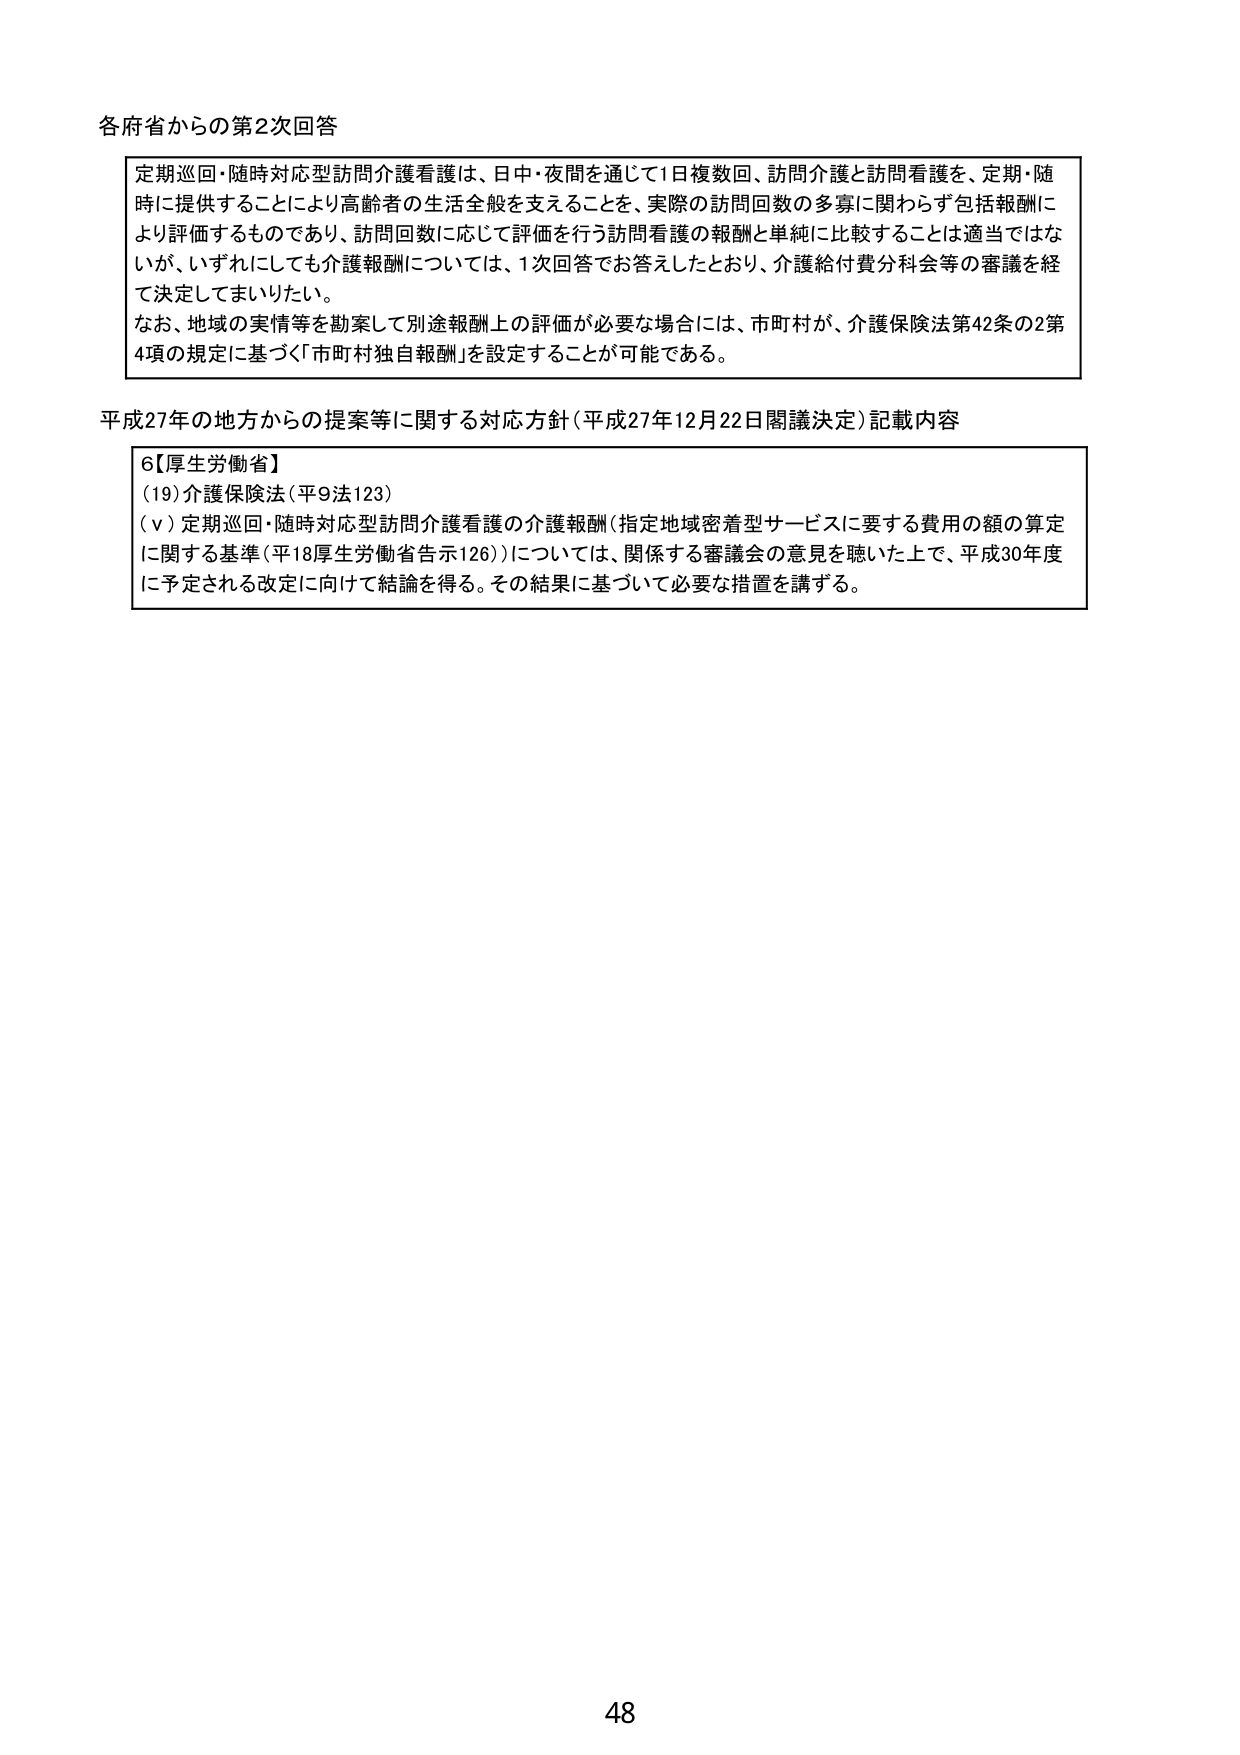
各府省からの第2次回答

定期巡回・随時対応型訪問介護看護は、日中・夜間を通じて1日複数回、訪問介護と訪問看護を、定期・随時に提供することにより高齢者の生活全般を支えることを、実際の訪問回数の多寡に関わらず包括報酬により評価するものであり、訪問回数に応じて評価を行う訪問看護の報酬と単純に比較することは適当ではないが、いずれにしても介護報酬については、1次回答でお答えしたとおり、介護給付費分科会等の審議を経て決定してまいりたい。
なお、地域の実情等を勘案して別途報酬上の評価が必要な場合には、市町村が、介護保険法第42条の2第4項の規定に基づく「市町村独自報酬」を設定することが可能である。

平成27年の地方からの提案等に関する対応方針（平成27年12月22日閣議決定）記載内容

6【厚生労働省】
(19)介護保険法（平9法123）
(v) 定期巡回・随時対応型訪問介護看護の介護報酬（指定地域密着型サービスに要する費用の額の算定に関する基準（平18厚生労働省告示126））については、関係する審議会の意見を聴いた上で、平成30年度に予定される改定に向けて結論を得る。その結果に基づいて必要な措置を講ずる。

48